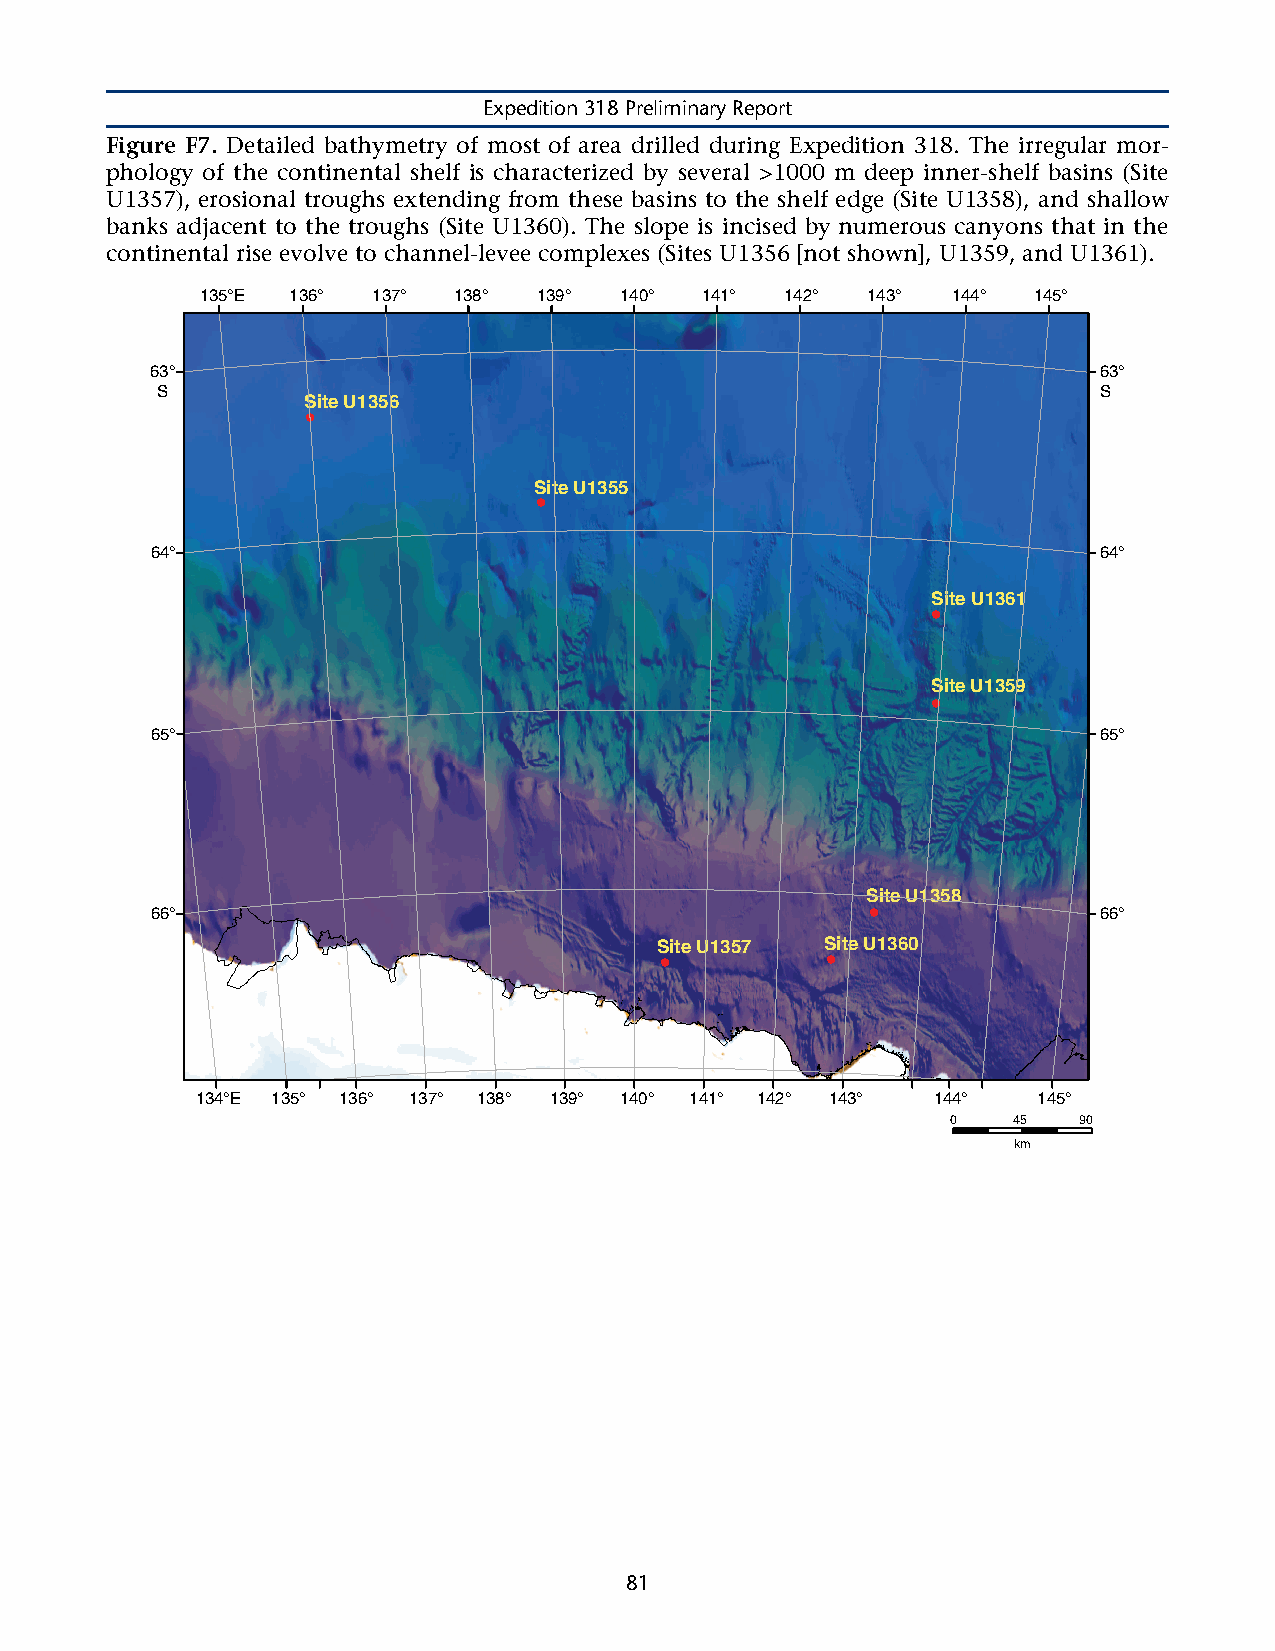
Expedition 318 Preliminary Report
 Figure F7. Detailed bathymetry of most of area drilled during Expedition 318. The irregular mor-
 phology of the continental shelf is characterized by several >1000 m deep inner-shelf basins (Site
 U1357), erosional troughs extending from these basins to the shelf edge (Site U1358), and shallow
 banks adjacent to the troughs (Site U1360). The slope is incised by numerous canyons that in the
 continental rise evolve to channel-levee complexes (Sites U1356 [not shown], U1359, and U1361).
 135°E 136°  137° 138°  139° 140° 141°  142° 143°  144° 145°
 63°                                                            63°
 S                                                              S
 Site U1356
 ●
 Site U1355
 ●
 64°                                                            64°
 Site U1361
 ●
 Site U1359
 ●
 65°                                                            65°
 Site U1358
 66°                                            ●               66°
 Site U1357  Site U1360
 ●          ●
 134°E 135° 136° 137° 138° 139° 140° 141° 142° 143° 144° 145°
 0   45  90
 km
 81